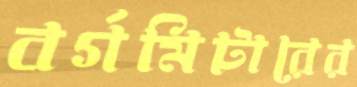
বর্গমিটারের